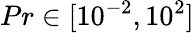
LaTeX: Pr\in[10^{-2},10^{2}]